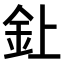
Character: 𫒆